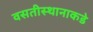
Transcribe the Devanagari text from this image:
वसतीस्थानाकडे